Sanitation, dispensaries and jails vaccination Rajputana 1922-1927 - 1922-1927
Year: 1922
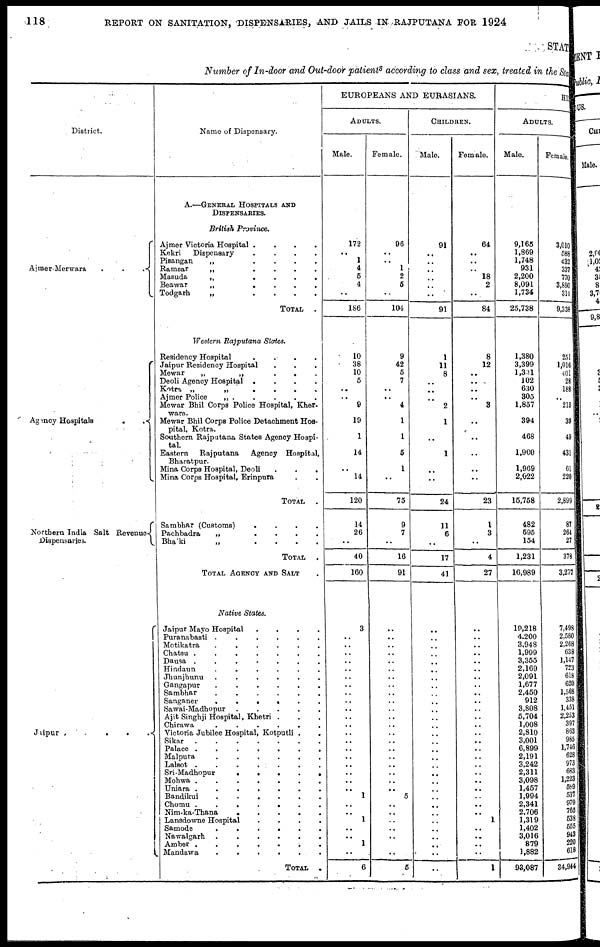
118
REPORT ON SANITATION, DISPENSARIES, AND JAILS IN RAJPUTANA FOR 1924
STATE
Number of In-door and Out-door patients according to class and sex, treated in the Stat
District.
Ajmer-Merwara
.
.
.
Agency Hospitals
.
.
Northern India Salt Revenues
Dispensaries.
Jaipur .
.
.
.
Name of Dispensary.
A.—GENERAL HOSPITALS AND
DISPENSARIE.
British Province.
Ajmer Victoria Hospital .
.
.
.
Kekri
Dispensary
.
.
.
.
Pisangan
„
.
.
.
.
Ramsar
„
.
.
.
.
Masuda
„
.
.
.
.
Beawar
„
.
.
.
.
Todgarh
„
.
.
.
.
TOTAL
.
Western Rajputana States.
Residency Hospital . . . .
Jaipur Residency Hospital . . .
Mewar
„
„
. . .
Deoli Agency Hospital .
.
.
.
Kotra „
„
.
.
.
.
Ajmer Police
„ . . . .
Mewar Bhil Corps Police Hospital, Kher¬
wara.
Mewar Bhil Corps Police Detachment Hos-
pital, Kotra.
Southern Rajputana States Agency Hospi-
tal.
Eastern
Rajputana
Agency Hospital,
Bharatpur.
Mina Corps Hospital, Deoli . . .
Mina Corps Hospital, Erinpura . . .
TOTAL
.
Sambhar (Customs)
.
.
.
.
Pachbadra
„
.
.
.
.
Bhatki
„
.
.
.
.
TOTAL
.
TOTAL AGENCY AND SALT
Native States.
Jaipur Mayo Hospital
.
.
.
.
Puranabasti .
.
.
.
.
.
Motikatra
.
.
.
.
.
.
Chatsu .
.
.
.
.
.
.
Dausa .
.
.
.
.
.
.
Hindaun
.
.
.
.
.
.
Jhunjhunu
.
.
.
.
.
.
Gangapur
.
.
.
.
.
.
Sambhar
.
.
.
.
.
.
Sanganer
.
.
.
.
.
.
Sawai-Madhopur .
.
.
.
.
Ajit Singhji Hospital, Khetri . . .
Chirawa
.
.
.
.
.
.
Victoria Jubilee Hospital, Kotputli .
Sikar .
.
.
.
.
.
.
Palace .
.
.
.
.
.
.
Malpura
.
.
.
.
.
.
Lalaot .
.
.
.
.
.
.
Sri-Madhopur
.
.
.
.
.
Mohwa .
.
.
.
.
.
.
Uniara .
.
.
.
.
.
.
Bandikui
.
.
.
.
.
.
Chomu .
.
.
.
.
.
.
Nim-ka-Thana
.
.
.
.
.
Lanadowne Hospital
.
.
.
.
Samode
.
.
.
.
.
.
Nawalgarh .
.
.
.
.
.
Amber .
.
.
.
.
.
.
Mandawa
.
.
.
.
.
.
TOTAL
.
EUROPEANS AND EURASIANS.
ADULTS.
Male.
172
..
1
4
5
4
..
186
10
38
10
5
..
..
9
19
1
14
..
14
120
14
26
..
40
160
3
..
..
..
..
..
..
..
..
..
..
..
..
..
..
..
..
..
..
..
..
1
..
..
1
..
..
1
..
6
Female.
96
..
..
1
2
5
..
104
9
42
5
7
..
..
4
1
1
5
1
..
75
9
7
..
16
91
..
..
..
..
..
..
..
..
..
..
..
..
..
..
..
..
..
..
..
..
..
5
..
..
..
..
..
..
..
5
CHILDERN.
Male.
91
..
..
..
..
..
..
91
1
11
8
..
..
..
2
1
..
1
..
..
24
11
6
..
17
41
..
..
..
..
..
..
..
..
..
..
..
..
..
..
..
..
..
..
..
..
..
..
..
..
..
..
..
..
..
..
Female.
64
..
..
..
18
2
..
84
8
12
..
..
..
..
3
..
..
..
..
..
23
1
3
..
4
27
..
..
..
..
..
..
..
..
..
..
..
..
..
..
..
..
..
..
..
..
..
..
..
..
1
..
..
..
..
1
HI N
ADULTS.
Male.
9,165
1,869
1,748
931
2,200
8,091
1,734
25,738
1,380
3,399
1,331
102
630
305
1,857
394
468
1,900
1,969
2,622
15,758
482
595
154
1,231
16,989
19,218
4,200
3,948
1,999
3,355
2,169
2,091
1,677
2,450
912
3,808
5,704
1,008
2,810
3,001
6,899
2,191
3,242
2,311
3,098
1,457
1,994
2,341
2,706
1,319
1,402
3,016
879
1,882
93,087
Female.
3,010
588
432
337
770
3,890
311
9,338
251
1,016
401
28
188
..
215
39
49
431
61
220
2,899
87
264
27
378
3,277
7,498
2,580
2,268
638
1,147
723
618
620
1,568
338
1,451
2,253
397
863
985
1,746
628
973
683
1,223
589
537
979
765
538
555
943
220
618
34,944